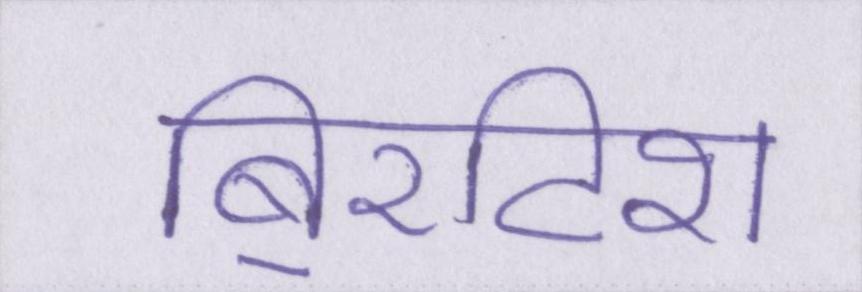
बि्रटिश